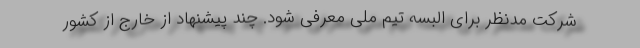
شرکت مدنظر برای البسه تیم ملی معرفی شود. چند پیشنهاد از خارج از کشور